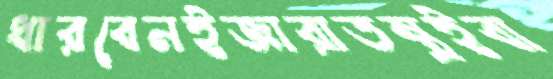
ধারবেনইজারাতন্ত্রইবা